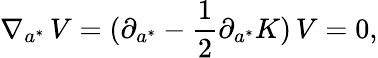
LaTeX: \nabla_{a^{*}}\, V=(\partial_{a^{*}}-{\frac{1}{2}}\partial_{a^{*}}K)\, V=0,